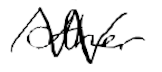
Text: other
Cross-out: zig-zag
Writing tool: digital_black